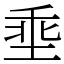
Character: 埀